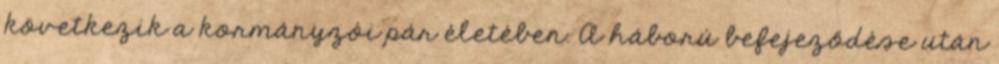
következik a kormányzói pár életében. A háború befejeződése után